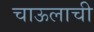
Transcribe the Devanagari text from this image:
चाऊलाची